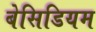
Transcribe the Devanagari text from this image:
बेसिडियम